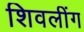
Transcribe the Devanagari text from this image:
शिवलींग